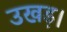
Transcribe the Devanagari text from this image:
उखड़।